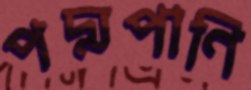
পদ্মপাণি